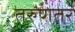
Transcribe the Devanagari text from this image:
तरुणतर